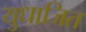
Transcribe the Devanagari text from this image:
युधाजित